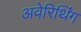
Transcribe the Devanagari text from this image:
अवेरिथिंग